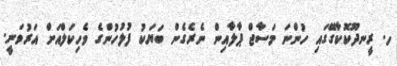
ހ. ރީނދޫކޮކާގޭގައި ހުންނަ މަސާޖް ޕާލާއިން ނެރެގެން ބަޔަކު ފުލުހުންގެ ވެހިކަލްއަށް އަރުވަނީ.